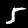
Label: 5